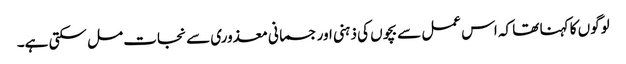
لوگوں کا کہنا تھا کہ اس عمل سے بچوں کی ذہنی اور جسمانی معذوری سے نجات مل سکتی ہے۔